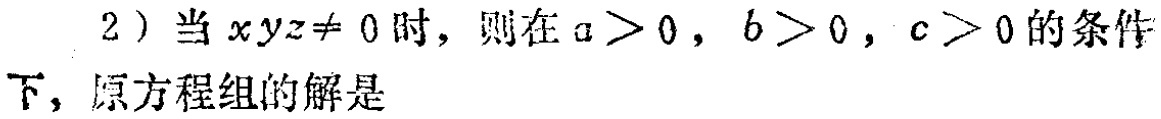
2) 当 \(xyz\neq 0\) 时，则在 \(a > 0\)，\(b > 0\)，\(c > 0\) 的条件下，原方程组的解是